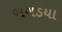
બગડયા